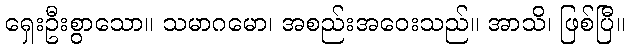
ရှေးဦးစွာသော။ သမာဂမော၊ အစည်းအဝေးသည်။ အာသိ၊ ဖြစ်ပြီ။